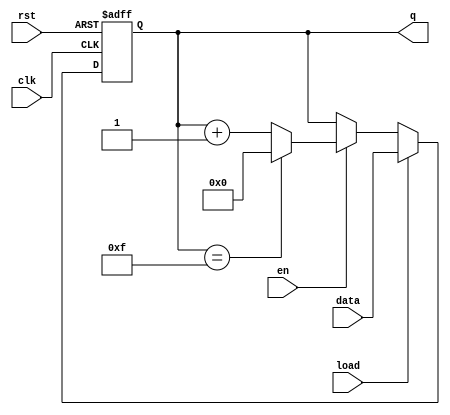
module synchronous_counter #(
    parameter WIDTH = 4,          // Width of the counter (4 bits for binary/BCD)
    parameter MODE = "BINARY"     // Counter mode: "BINARY" or "BCD"
)(
    input wire clk,               // Clock input
    input wire rst,               // Asynchronous reset
    input wire en,                // Enable input
    input wire load,              // Load input
    input wire [WIDTH-1:0] data,  // Load value input
    output reg [WIDTH-1:0] q      // Current count output
);

    // Internal signal for the next count value
    reg [WIDTH-1:0] next_count;

    // Always block for synchronous counting
    always @(posedge clk or posedge rst) begin
        if (rst) begin
            q <= 0; // Reset the counter to zero
        end else if (load) begin
            q <= data; // Load the specified value into the counter
        end else if (en) begin
            q <= next_count; // Update the counter to the next count value
        end
    end

    // Combinational logic to determine the next count value
    always @(*) begin
        if (MODE == "BCD") begin
            // BCD counting (0-9)
            if (q == 9) begin
                next_count = 0; // Wrap around to 0
            end else begin
                next_count = q + 1; // Increment the count
            end
        end else begin
            // Binary counting (0-15 for 4 bits)
            next_count = (q == (1 << WIDTH) - 1) ? 0 : q + 1; // Wrap around
        end
    end

endmodule